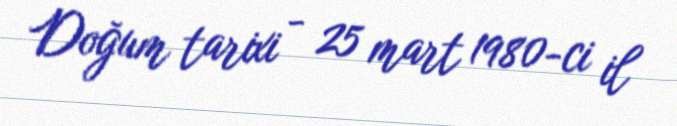
Doğum tarixi - 25 mart 1980-ci il